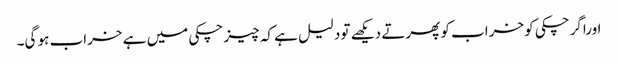
اوراگرچکی کو خراب کو پھرتے دیکھے تو دلیل ہے کہ چیز چکی میں ہے خراب ہو گی۔